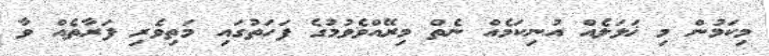
މިކަމުން މި ޚަލަލެއް އުނިކަމެއް ނެތް މިރޭއްވެވުމުގެ ފަހަތުގައި މަތިވެރި ފަރާތެއް ވާ